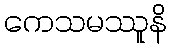
ကေသမဿူနိ